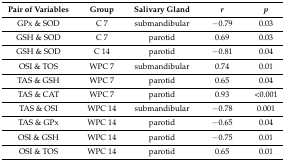
<table><thead><tr><td><b>Pair of Variables</b></td><td><b>Group</b></td><td><b>Salivary Gland</b></td><td><b><i>r</i></b></td><td><b><i>p</i></b></td></tr></thead><tbody><tr><td>GPx &amp; SOD</td><td>C 7</td><td>submandibular</td><td>−0.79</td><td>0.03</td></tr><tr><td>GSH &amp; SOD</td><td>C 7</td><td>parotid</td><td>0.69</td><td>0.03</td></tr><tr><td>GSH &amp; SOD</td><td>C 14</td><td>parotid</td><td>−0.81</td><td>0.04</td></tr><tr><td>OSI &amp; TOS</td><td>WPC 7</td><td>submandibular</td><td>0.74</td><td>0.01</td></tr><tr><td>TAS &amp; GSH</td><td>WPC 7</td><td>parotid</td><td>0.65</td><td>0.04</td></tr><tr><td>TAS &amp; CAT</td><td>WPC 7</td><td>parotid</td><td>0.93</td><td>&lt;0.001</td></tr><tr><td>TAS &amp; OSI</td><td>WPC 14</td><td>submandibular</td><td>−0.78</td><td>0.001</td></tr><tr><td>TAS &amp; GPx</td><td>WPC 14</td><td>parotid</td><td>−0.65</td><td>0.04</td></tr><tr><td>OSI &amp; GSH</td><td>WPC 14</td><td>parotid</td><td>−0.75</td><td>0.01</td></tr><tr><td>OSI &amp; TOS</td><td>WPC 14</td><td>parotid</td><td>0.65</td><td>0.01</td></tr></tbody></table>